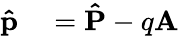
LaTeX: {\begin{array}{rl}{\mathbf{\hat{p}}}&{{}=\mathbf{\hat{P}}-q\mathbf{A}}\end{array}}\,